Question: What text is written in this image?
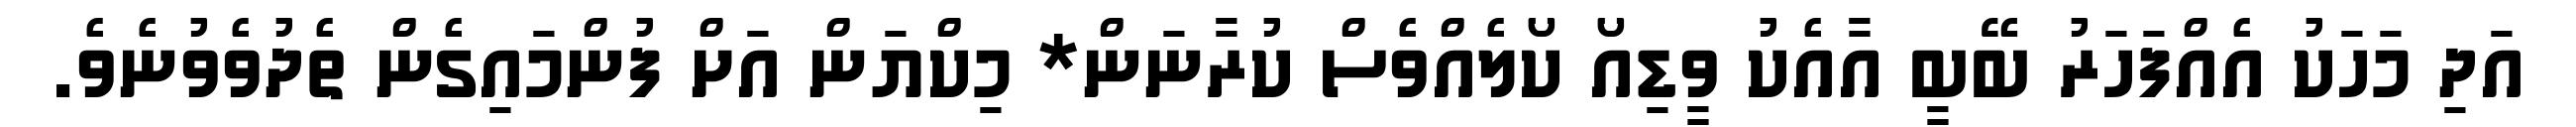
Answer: އަދި މަހަކު އެއްފަހަރު ބޭބީ އާއެކު ވީޑިއޯ ކޯލެއްވެސް ކުރާނަން* މިކްޔަން އަށް ފުންމައިގެން ތެދުވެވުނެވެ.